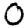
Digit: 0